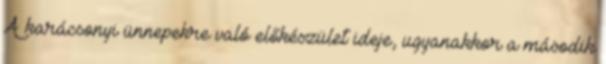
A karácsonyi ünnepekre való előkészület ideje, ugyanakkor a második